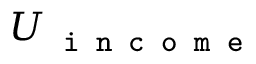
U _ { \texttt { i n c o m e } }